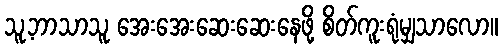
သူ့ဘာသာသူ အေးအေးဆေးဆေးနေဖို့ စိတ်ကူးရုံမျှသာလော။